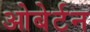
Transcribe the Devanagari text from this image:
ओबेर्टन